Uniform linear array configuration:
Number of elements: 32
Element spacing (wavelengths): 1
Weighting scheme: uniform
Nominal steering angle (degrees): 15
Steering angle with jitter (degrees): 15.616
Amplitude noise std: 0.05
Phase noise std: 0.05

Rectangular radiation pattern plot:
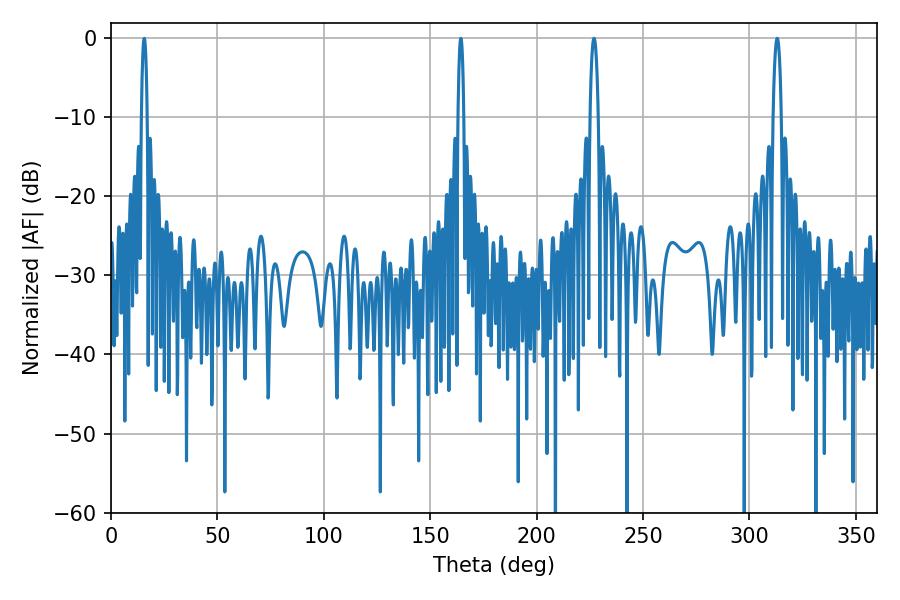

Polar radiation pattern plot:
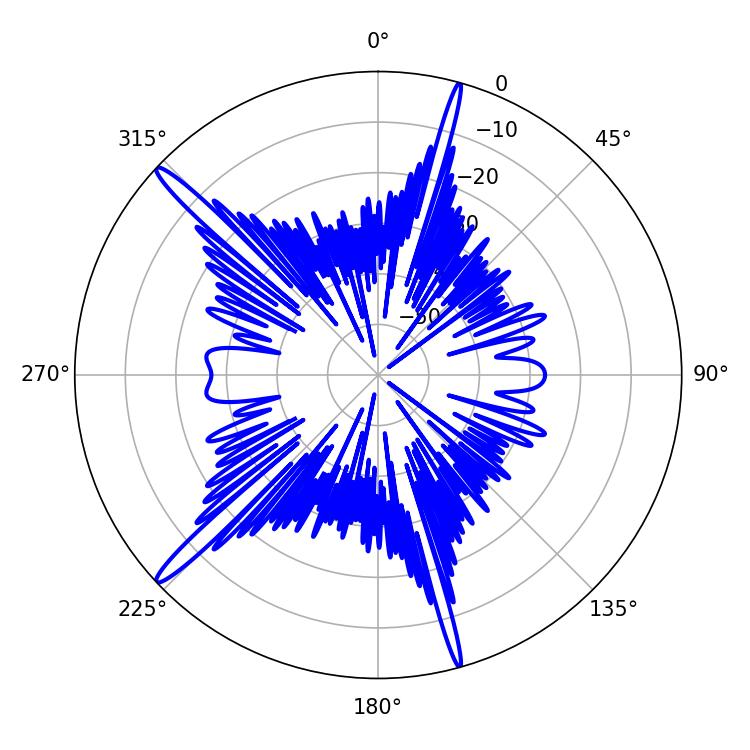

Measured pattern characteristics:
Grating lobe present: TRUE
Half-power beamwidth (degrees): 2.16
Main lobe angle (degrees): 226.98